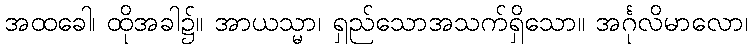
အထခေါ၊ ထိုအခါ၌။ အာယသ္မာ၊ ရှည်သောအသက်ရှိသော။ အင်္ဂုလိမာလော၊